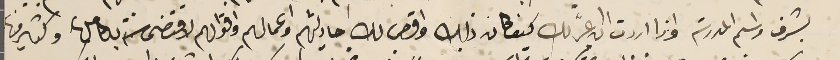
بشرف واسم المدرسة واذا اردت ان اعبر لك كيف كان ذلك واقص لك احاديثهم واعمالهم واقوالهم لاقتضى سنة بكاملها وكتير منها